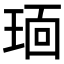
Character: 𬍭